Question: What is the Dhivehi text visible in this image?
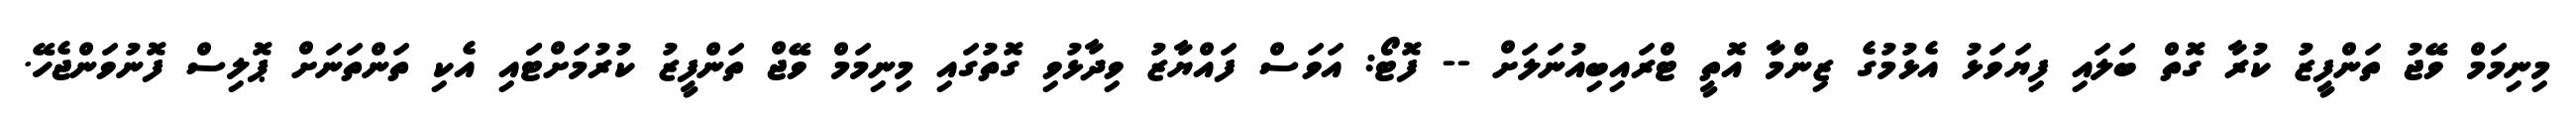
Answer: މިނިމަމް ވޭޖު ތަންފީޒު ކުރާ ގޮތް ބަލައި ފިޔަވަޅު އެޅުމުގެ ޒިންމާ އޮތީ ޓްރައިބިއުނަލަށް -- ފޮޓޯ: އަވަސް ފައްޔާޒު ވިދާޅުވި ގޮތުގައި މިނިމަމް ވޭޖް ތަންފީޒު ކުރުމަށްޓަައި އެކި ތަންތަނަށް ޕޮލިސް ފޮނުވަންޖެހޭ.